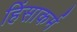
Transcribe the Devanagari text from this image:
हिंसाकर्म